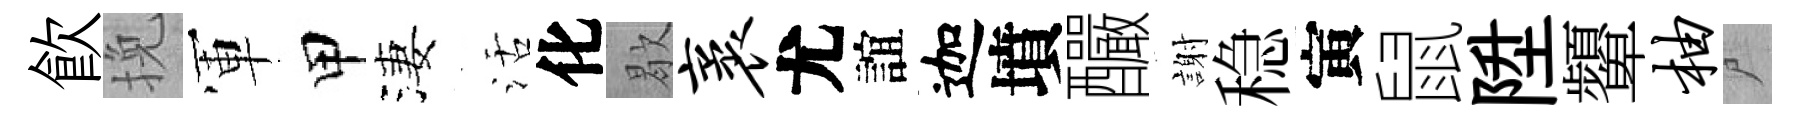
飮挽軍甲淒活化歇袤尤誼迦墳釅謝稳寅鼠陞顰柚尸